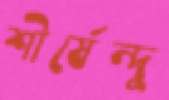
শীর্ষেন্দু